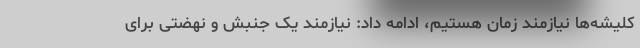
کلیشه‌ها نیازمند زمان هستیم، ادامه داد: نیازمند یک جنبش و نهضتی برای